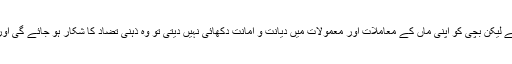
اسی طرح ایک بچی کو اس کی ماں دیانت و امانت کی تلقین کرتی ہے لیکن بچی کو اپنی ماں کے معاملات اور معمولات میں دیانت و امانت دکھائی نہیں دیتی تو وہ ذہنی تضاد کا شکار ہو جائے گی اور دیانت و امانت اس کے کردار و عادات کا حصہ نہیں بن پائے گی۔